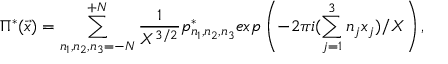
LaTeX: \Pi ^ { * } ( { \vec { x } } ) = \sum _ { n _ { 1 } , n _ { 2 } , n _ { 3 } = - N } ^ { + N } \frac { 1 } { X ^ { 3 / 2 } } p _ { n _ { 1 } , n _ { 2 } , n _ { 3 } } ^ { * } e x p \left( - 2 \pi i ( \sum _ { j = 1 } ^ { 3 } n _ { j } x _ { j } ) / X \right) ,